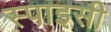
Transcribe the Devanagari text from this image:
स्पाइसी